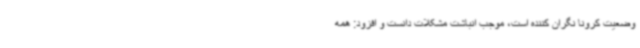
وضعیت کرونا نگران کننده است، موجب انباشت مشکلات دانست و افزود: همه